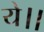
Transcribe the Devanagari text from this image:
ये।।